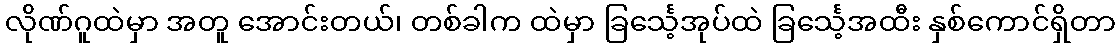
လိုဏ်ဂူထဲမှာ အတူ အောင်းတယ်၊ တစ်ခါက ထဲမှာ ခြင်္သေ့အုပ်ထဲ ခြင်္သေ့အထီး နှစ်ကောင်ရှိတာ